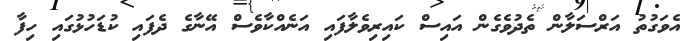
އެވަގުތު އަރްސަލާން ތެދުވެގެން އައިސް ކައިރިވެލާފައި އަނެއްކާވެސް އޭނާގެ ދެފައި ކުޑަހުޅުގައި ހިފާ